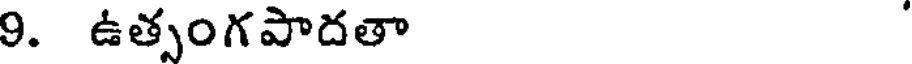
9. ఉత్సంగపాదతా